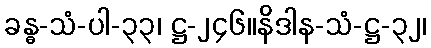
ခန္ဓ-သံ-ပါ-၃၃၊ ဋ္ဌ-၂၄၆။နိဒါန-သံ-ဋ္ဌ-၃၂၊